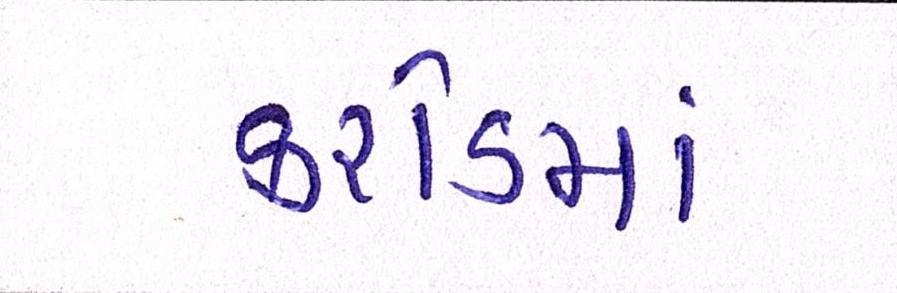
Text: કરોડમાં